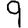
Digit: 9